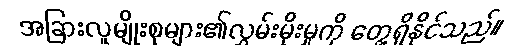
အခြားလူမျိုးစုများ၏လွှမ်းမိုးမှုကို တွေ့ရှိနိုင်သည်။